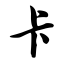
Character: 卡